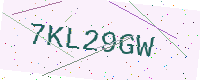
Text: 7KL29GW